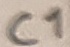
Text: C1